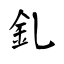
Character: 釓